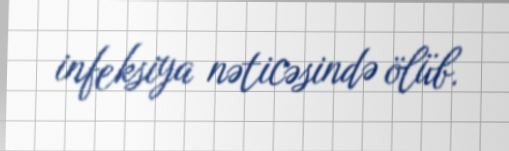
infeksiya nəticəsində ölüb.